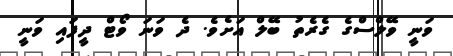
ވަނީ ވޭލްސްގެ ގެރެތު ބޭލް އަށެވެ. ދެ ވަނަ ވޯޓް ދީފައި ވަނީ